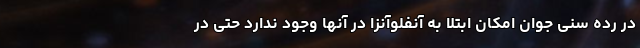
در رده سنی جوان امکان ابتلا به آنفلوآنزا در آنها وجود ندارد حتی در